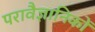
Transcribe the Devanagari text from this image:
परावैज्ञानिकों